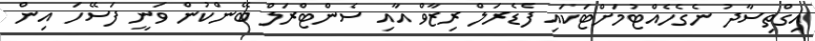
އިގްތިސާދު ނެގެހެއްޓުމަށްޓަކައި ފެޑެރަލް ރިޒާވް އާއި ސެންޓްރަލް ބޭންކުން ވަނީ ފަސޭހަ އިން